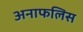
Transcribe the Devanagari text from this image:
अनाफलिस